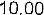
10.00